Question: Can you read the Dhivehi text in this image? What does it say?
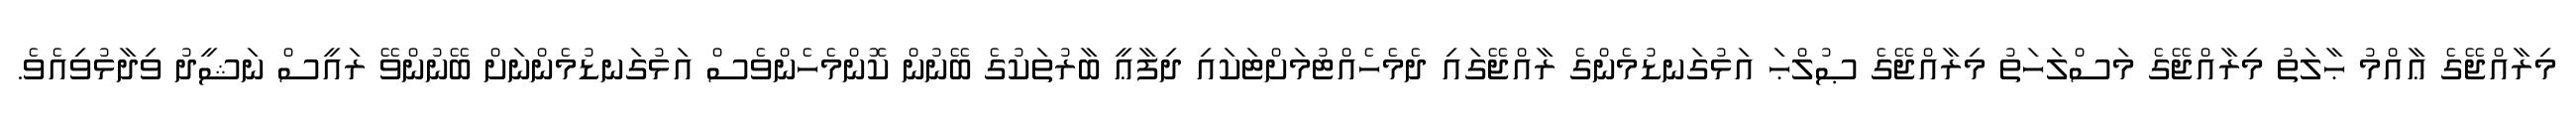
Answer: މިރާއްޖޭގެ ޢާއްމު ޙާލަތު މިރާއްޖޭގެ މަސްލަހަތު މިރާއްޖޭގެ ޞުލްޙަ އަޅުގަނޑުމެންގެ ރާއްޖޭގައި ދެމެހެއްޓުމަށްޓަކައި ދިފާޢީ ބާރުތަކުގެ ބޭނުން ކޮންމެހެންވެސް އަޅުގަނޑުމެންނަށް ބޭނުންވޭ ރައީސް ނަޝީދު ވިދާޅުވިއެވެ.